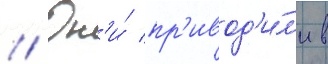
// Он'и́ пр'ивод'и́л'и в